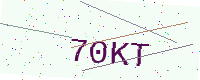
Text: 70KT